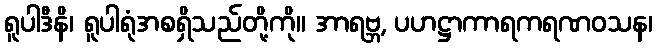
ရူပါဒီနိ၊ ရူပါရုံအစရှိသည်တို့ကို။ အာရဗ္ဘ, ပဟဋ္ဌာကာရကရဏဝသန၊